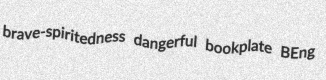
brave-spiritedness dangerful bookplate BEng